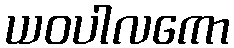
ယဝပါလကော